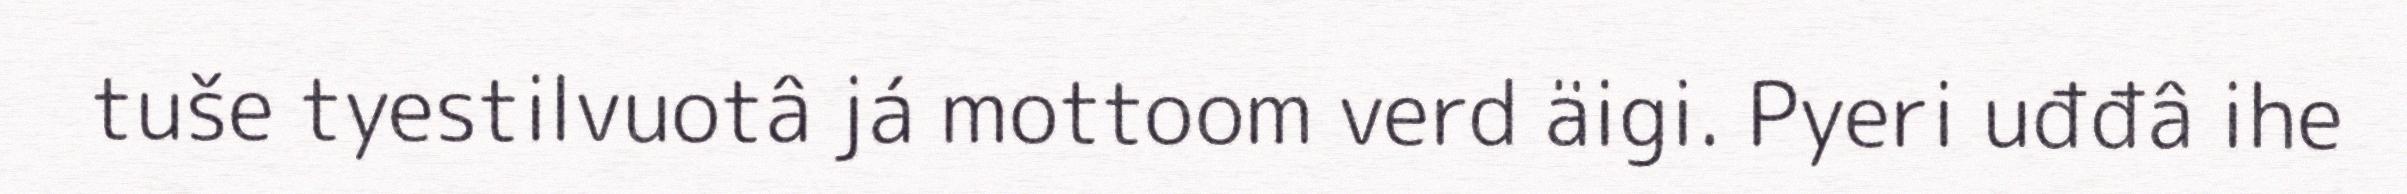
tuše tyestilvuotâ já mottoom verd äigi. Pyeri uđđâ ihe